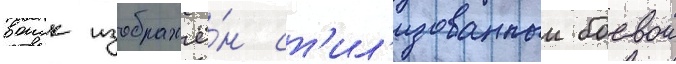
воиск изображё́н ст'ил'изованныи боевои